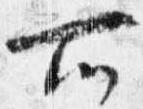
所